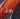
هذا